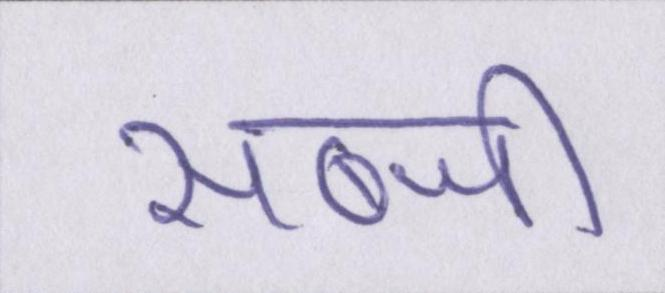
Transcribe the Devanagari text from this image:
सब्जी